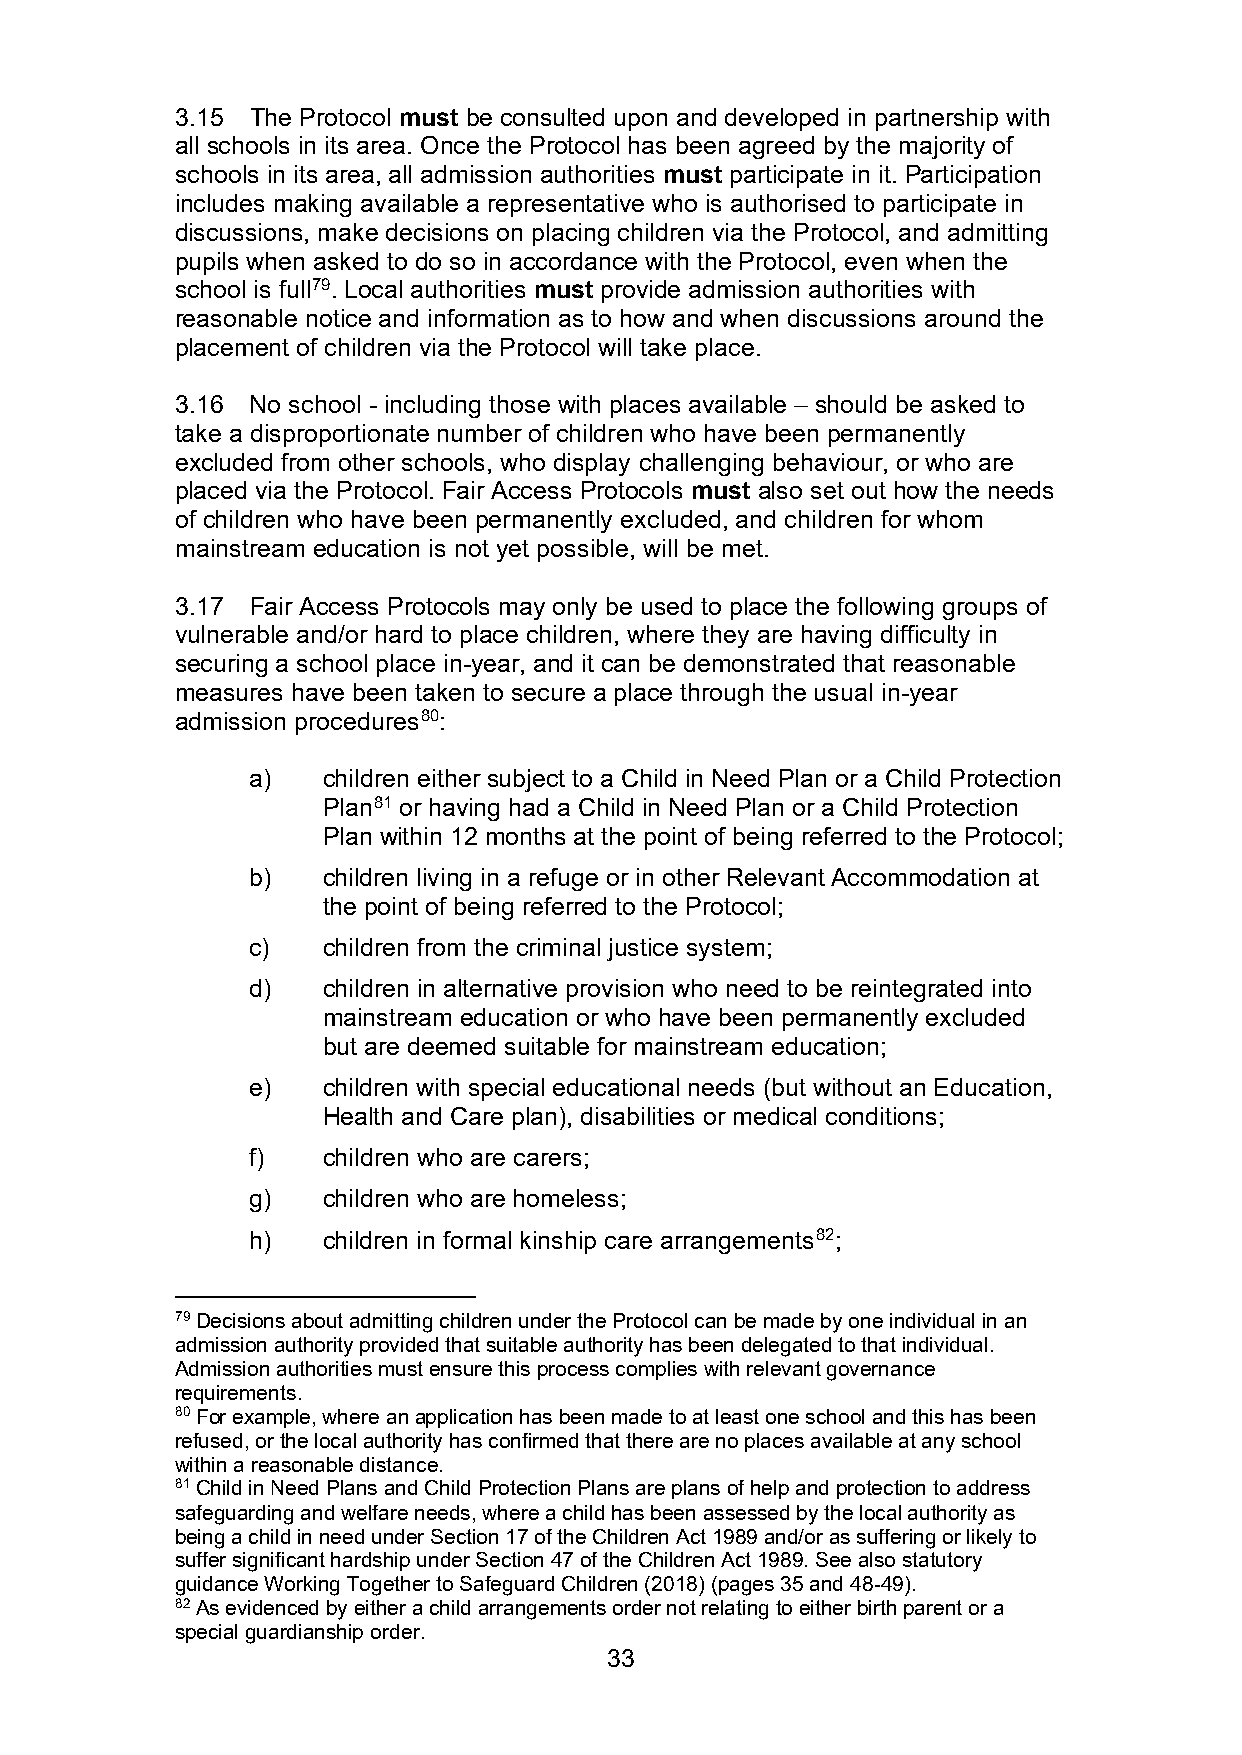
3.15 The Protocol must be consulted upon and developed in partnership with
 all schools in its area. Once the Protocol has been agreed by the majority of
 schools in its area, all admission authorities must participate in it. Participation
 includes making available a representative who is authorised to participate in
 discussions, make decisions on placing children via the Protocol, and admitting
 pupils when asked to do so in accordance with the Protocol, even when the
 school is full79. Local authorities must provide admission authorities with
 reasonable notice and information as to how and when discussions around the
 placement of children via the Protocol will take place.
 3.16 No school - including those with places available – should be asked to
 take a disproportionate number of children who have been permanently
 excluded from other schools, who display challenging behaviour, or who are
 placed via the Protocol. Fair Access Protocols must also set out how the needs
 of children who have been permanently excluded, and children for whom
 mainstream education is not yet possible, will be met.
 3.17 Fair Access Protocols may only be used to place the following groups of
 vulnerable and/or hard to place children, where they are having difficulty in
 securing a school place in-year, and it can be demonstrated that reasonable
 measures have been taken to secure a place through the usual in-year
 admission procedures80:
 a)   children either subject to a Child in Need Plan or a Child Protection
 Plan81 or having had a Child in Need Plan or a Child Protection
 Plan within 12 months at the point of being referred to the Protocol;
 b)   children living in a refuge or in other Relevant Accommodation at
 the point of being referred to the Protocol;
 c)   children from the criminal justice system;
 d)   children in alternative provision who need to be reintegrated into
 mainstream education or who have been permanently excluded
 but are deemed suitable for mainstream education;
 e)   children with special educational needs (but without an Education,
 Health and Care plan), disabilities or medical conditions;
 f)   children who are carers;
 g)   children who are homeless;
 h)   children in formal kinship care arrangements82;
 79 Decisions about admitting children under the Protocol can be made by one individual in an
 admission authority provided that suitable authority has been delegated to that individual.
 Admission authorities must ensure this process complies with relevant governance
 requirements.
 80 For example, where an application has been made to at least one school and this has been
 refused, or the local authority has confirmed that there are no places available at any school
 within a reasonable distance.
 81 Child in Need Plans and Child Protection Plans are plans of help and protection to address
 safeguarding and welfare needs, where a child has been assessed by the local authority as
 being a child in need under Section 17 of the Children Act 1989 and/or as suffering or likely to
 suffer significant hardship under Section 47 of the Children Act 1989. See also statutory
 guidance Working Together to Safeguard Children (2018) (pages 35 and 48-49).
 82 As evidenced by either a child arrangements order not relating to either birth parent or a
 special guardianship order.
 33